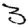
Digit: 3